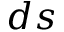
d s